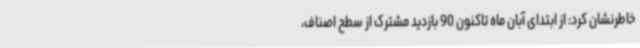
خاطرنشان کرد: از ابتدای آبان ماه تاکنون 90 بازدید مشترک از سطح اصناف،